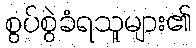
စွပ်စွဲခံရသူများ၏